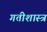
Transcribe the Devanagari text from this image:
गतीशास्त्र